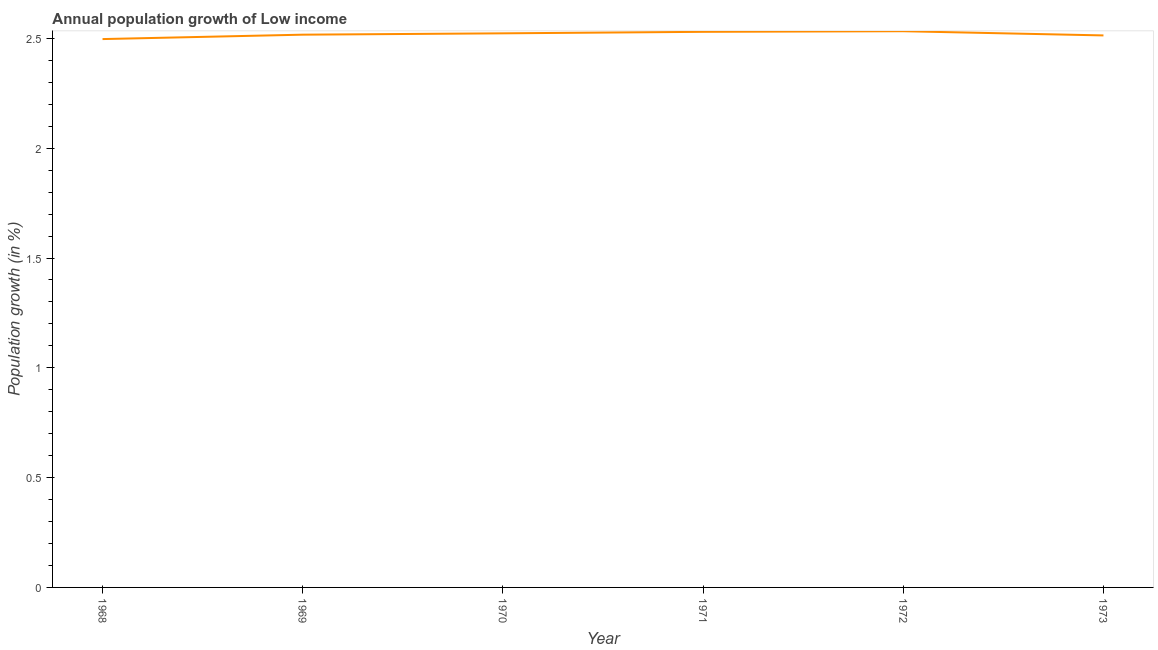
| Year | Population growth |
 | --- | --- |
 | 1968 | 2.5 |
 | 1969 | 2.52 |
 | 1970 | 2.52 |
 | 1971 | 2.53 |
 | 1972 | 2.53 |
 | 1973 | 2.51 |